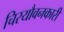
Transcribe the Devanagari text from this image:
चिरयौवनकारी